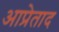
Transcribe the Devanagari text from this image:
आप्रेताद